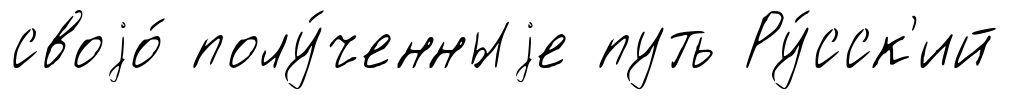
своjо́ полу́ченныjе путь Ру́сск'ий